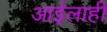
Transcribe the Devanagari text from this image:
आईलाही